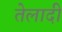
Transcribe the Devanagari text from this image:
तेलादी